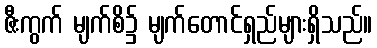
ဇီးကွက် မျက်စိ၌ မျက်တောင်ရှည်များရှိသည်။